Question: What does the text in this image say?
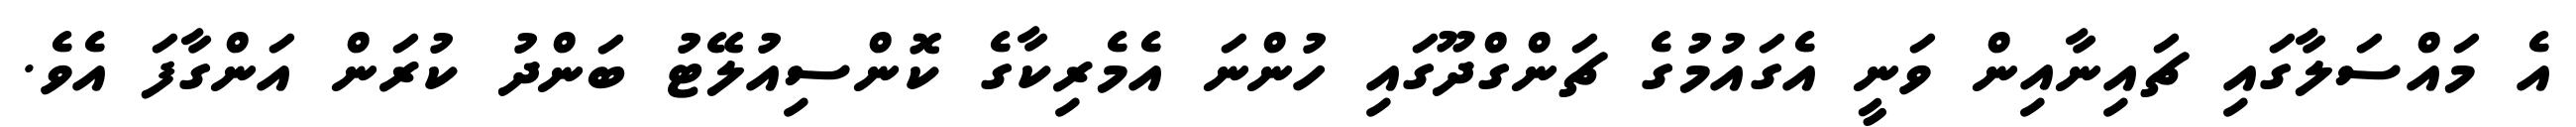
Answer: އެ މައްސަލާގައި ޗައިނާއިން ވަނީ އެގައުމުގެ ޗަންގްދޫގައި ހުންނަ އެމެރިކާގެ ކޮންސިއުލޭޓު ބަންދު ކުރަން އަންގާފަ އެވެ.